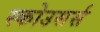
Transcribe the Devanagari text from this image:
स्कोउसर्स